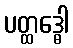
ပတ္ထဒ္ဓေါ